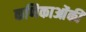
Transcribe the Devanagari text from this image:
कणिकाओंकी